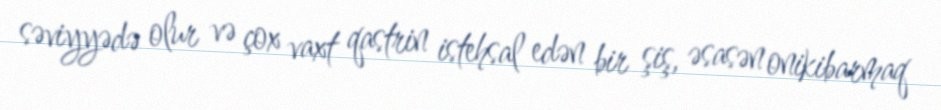
səviyyədə olur və çox vaxt qastrin istehsal edən bir şiş, əsasən onikibarmaq